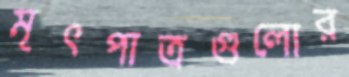
মৃৎপাত্রগুলোর